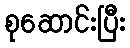
စုဆောင်းပြီး